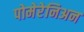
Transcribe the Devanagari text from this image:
पोमेरेनिअन